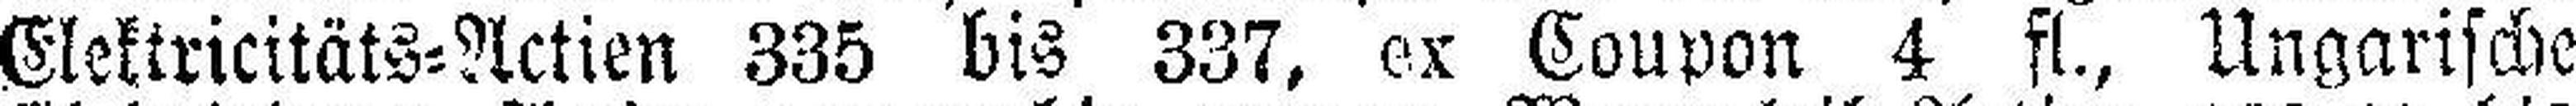
Elektricitäts=Actien 335 bis 337, ex Coupon 4 fl., Ungarische